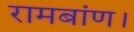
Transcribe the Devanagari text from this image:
रामबांण।